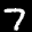
Label: 7